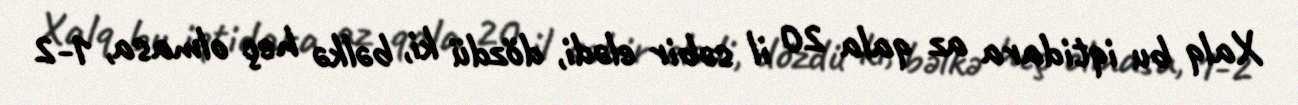
Xalq bu iqtidara az qala 20 il səbir elədi, dözdü ki, bəlkə heç olmasa, 1-2